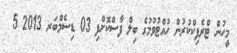
މީހުން ޓްރެފިކްކުރުން ހުއްޓުވުމުގެ ބިލް ފާސްކޮށްފި 03 ޑިސެމްބަރ 2013 5